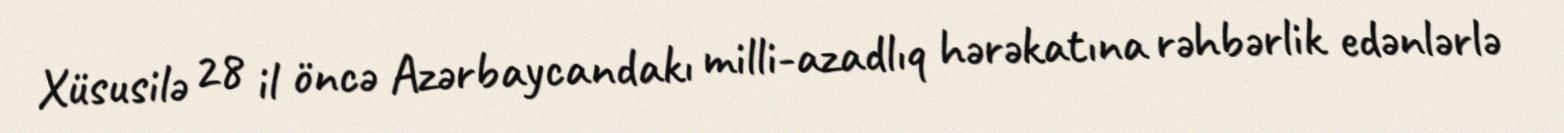
Xüsusilə 28 il öncə Azərbaycandakı milli-azadlıq hərəkatına rəhbərlik edənlərlə